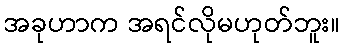
အခုဟာက အရင်လိုမဟုတ်ဘူး။